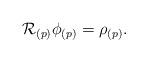
LaTeX: \begin{align*}\mathcal{R}_{\left( p\right) }\phi _{\left( p\right) }=\rho_{\left( p\right)}.\end{align*}